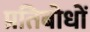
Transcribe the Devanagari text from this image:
प्रतिबोधों